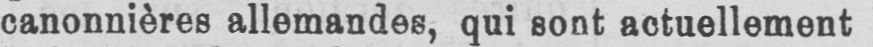
canonnières allemandes, qui sont actuellement